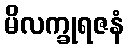
မိလက္ခုရဇနံ